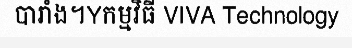
បារាំង។Yកម្មវិធី VIVA Technology